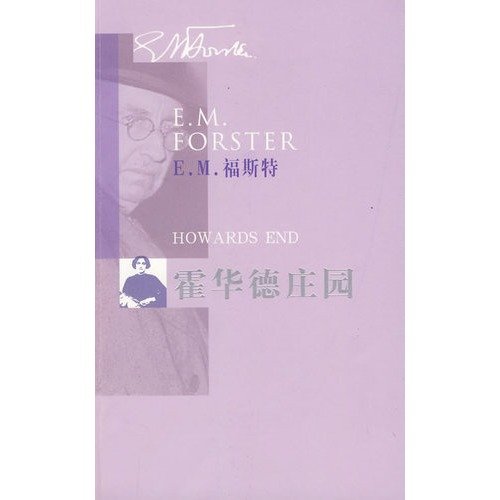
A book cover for Howards End; YING )FU SI TE (Forster.E.M ) SU FU ZHONG YI; Crafts, Hobbies & Home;